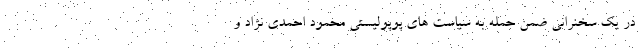
در یک سخنرانی ضمن حمله به سیاست های پوپولیستی محمود احمدی نژاد و